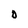
Character: D